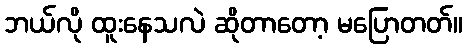
ဘယ်လို ထူးနေသလဲ ဆိုတာတော့ မပြောတတ်။